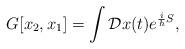
LaTeX: \begin{align*}G[x_2, x_1] = \int {\cal D} x(t) e^{{i\over h} S}, \end{align*}